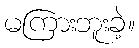
မကြားဘူးခဲ့။